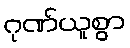
ဂုဏ်ယူစွာ